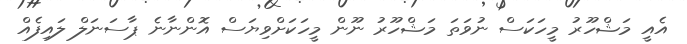
އެއީ މަޝްހޫރު މީހަކަސް ނުވަތަ މަޝްހޫރު ނޫން މީހަކަށްވިޔަސް އޮންނާނެ ޕާސަނަލް ލައިފެއް